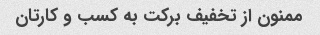
ممنون از تخفیف برکت به کسب و کارتان